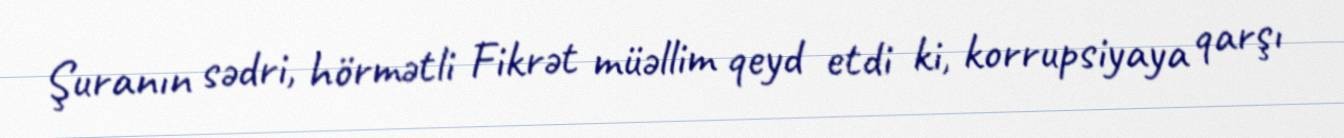
Şuranın sədri, hörmətli Fikrət müəllim qeyd etdi ki, korrupsiyaya qarşı